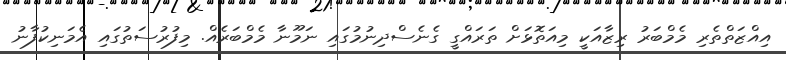
އިއްޒަތްތެރި މެމްބަރު ރިޒާއަކީ މިއަތޮޅަށް ތަރައްގީ ގެނެސްދިނުމުގައި ނަމޫނާ މެމްބަރެއް. މިފުރުސަތުގައި އެމަނިކުފާނު